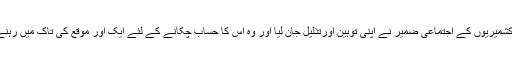
جسے کشمیریوں کے اجتماعی ضمیر نے اپنی توہین اورتذلیل جان لیا اور وہ اس کا حساب چکانے کے لئے ایک اور موقع کی تاک میں رہنے لگے۔